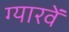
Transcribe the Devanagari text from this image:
ग्‍यारवें